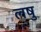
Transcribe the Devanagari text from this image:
लषु